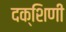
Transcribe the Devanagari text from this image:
दक्शिणी